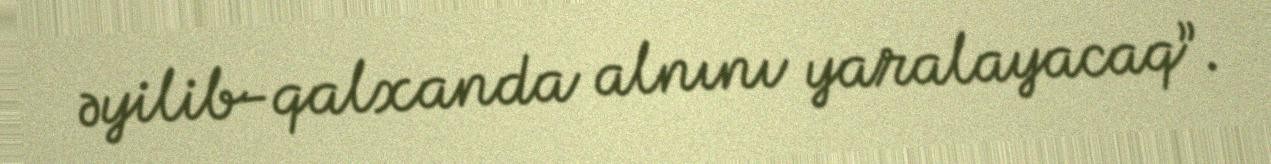
əyilib-qalxanda alnını yaralayacaq”.